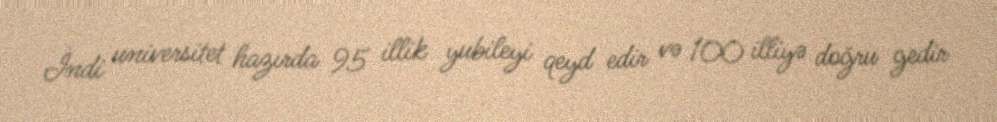
İndi universitet hazırda 95 illik yubileyi qeyd edir və 100 illiyə doğru gedir